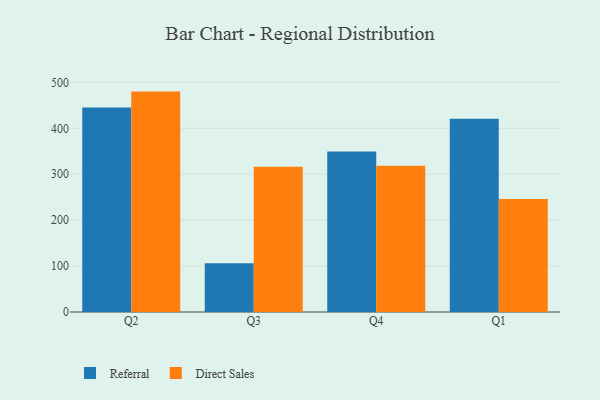
{"axis": {"x": "Quarter", "y": "Conversion Rate (%)"}, "legend": ["Direct Sales", "Referral"], "data": [{"x": "Q2", "y": 445.2, "type": "Referral"}, {"x": "Q2", "y": 480.0, "type": "Direct Sales"}, {"x": "Q3", "y": 106.1, "type": "Referral"}, {"x": "Q3", "y": 316.5, "type": "Direct Sales"}, {"x": "Q4", "y": 349.3, "type": "Referral"}, {"x": "Q4", "y": 318.4, "type": "Direct Sales"}, {"x": "Q1", "y": 420.6, "type": "Referral"}, {"x": "Q1", "y": 246.0, "type": "Direct Sales"}]}